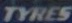
TYRES